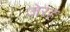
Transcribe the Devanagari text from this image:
जेरह